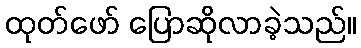
ထုတ်ဖော် ပြောဆိုလာခဲ့သည်။